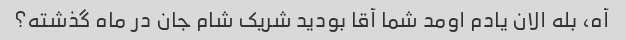
آه، بله الان یادم اومد شما آقا بودید شریک شام جان در ماه گذشته؟